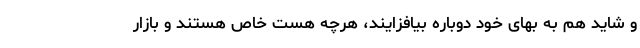
و شاید هم به بهای خود دوباره بیافزایند، هرچه هست خاص هستند و بازار